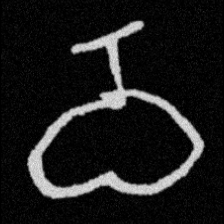
Pyu character \u2014 Myanmar letter: ဝ (romanized: wa)